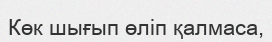
Көк шығып өліп қалмаса,